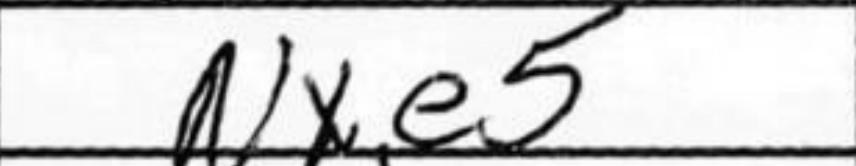
Transcription: Nxe5